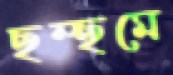
ছম্‌ছমে